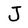
Character: J